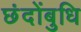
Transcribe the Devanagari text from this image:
छंदोंबुधि